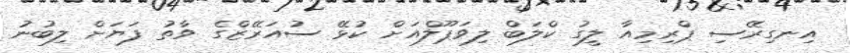
އިނގިރޭސި ޕްރިމިއާ ލީގު ކްލަބް ލިވަޕޫލްއަށް ކުޅޭ ސުއަރޭޒްގެ ވާތު ފަޔަށް ލިބުނު